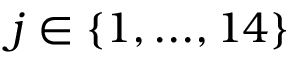
j \in \{ 1 , . . . , 1 4 \}